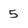
Character: 5